Report on the working of the Ranchi Indian Mental Hospital, Kanke, in Bihar and Orissa - 1930-1940
Year: 1930
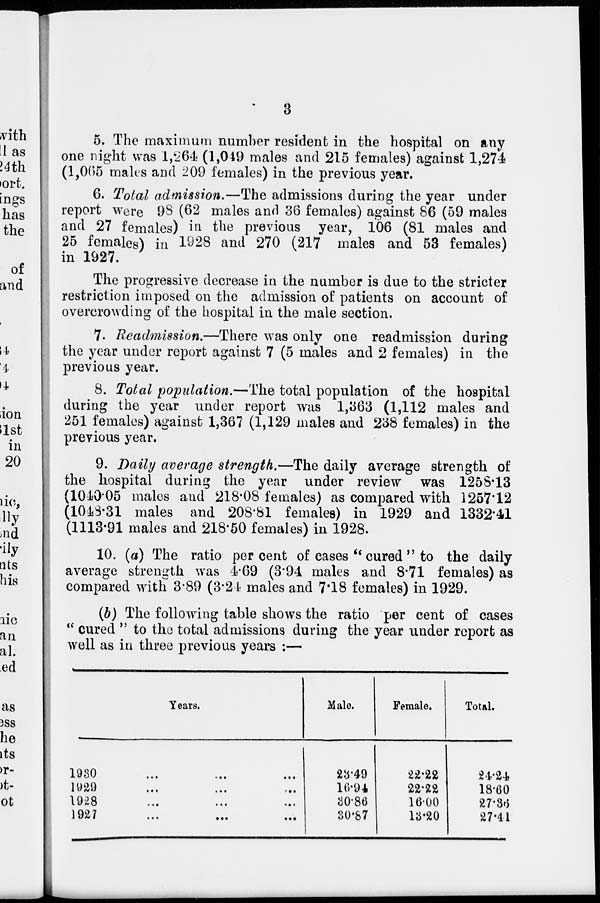
3
5. The maximum number resident in the hospital on any
one night was 1,264 (1,049 males and 215 females) against 1,274
(1,065 males and 209 females) in the previous year.
6. Total admission.—The admissions during the year under
report were 98 (62 males and 36 females) against 86 (59 males
and 27 females) in the previous year, 106 (81 males and
25 females) in 1928 and 270 (217 males and 53 females)
in 1927.
The progressive decrease in the number is due to the stricter
restriction imposed on the admission of patients on account of
overcrowding of the hospital in the male section.
7. Readmission.—There was only one readmission during
the year under report against 7 (5 males and 2 females) in the
previous year.
8. Total population.—The total population of the hospital
during the year under report was 1,363 (1,112 males and
251 females) against 1,367 (1,129 males and 238 females) in the
previous year.
9. Daily average strength.—The daily average strength of
the hospital during the year under review was 1258.13
(1040.05 males and 218.08 females) as compared with 1257.12
(1048.31 males and 208.81 females) in 1929 and 1332.41
(1113.91 males and 218.50 females) in 1928.
10. (a) The ratio per cent of cases " cured " to the daily
average strength was 4.69 (3.94 males and 8.71 females) as
compared with 3.89 (3.24 males and 7.18 females) in 1929.
(b) The following table shows the ratio per cent of cases
" cured " to the total admissions during the year under report as
well as in three previous years :—
Years.
1930 ... ... ...
1929 ... ... ...
1928
...
...
...
1927
...
...
...
Male.
23.49
16.94
30.86
30.87
Female.
22.22
22.22
16.00
13.20
Total.
24.24
18.60
27.36
27.41